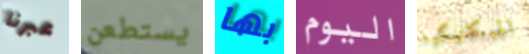
عبرنا يستطعن بها اليوم الميكانيكية